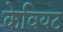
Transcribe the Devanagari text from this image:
केवियट